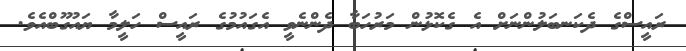
ރައީސްގެ ދެކަނބަލުންނަށް އެ ގެކޮޅުން މަރުހަބާ ދެންނެވީ އެގައުމުގެ ރައީސް ހަލީމާ ޔައުގޫބްއެވެ.